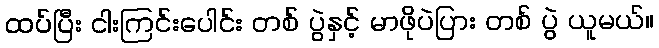
ထပ်ပြီး ငါးကြင်းပေါင်း တစ် ပွဲနှင့် မာဖိုပဲပြား တစ် ပွဲ ယူမယ်။